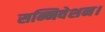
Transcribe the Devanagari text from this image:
सन्निवेशन।